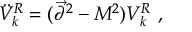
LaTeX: \ddot { V } _ { k } ^ { R } = ( \vec { \partial } ^ { 2 } - M ^ { 2 } ) V _ { k } ^ { R } ~ ,